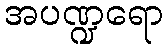
အပဏ္ဍရော